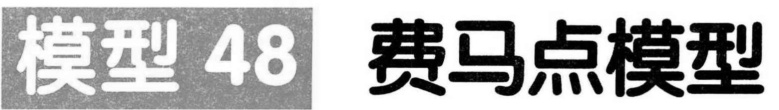
模型 48 费马点模型